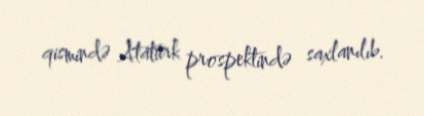
qismində Atatürk prospektində saxlanılıb.